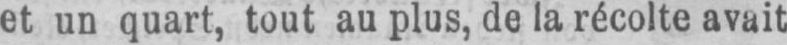
et un quart, tout au plus, de la récolte avait